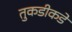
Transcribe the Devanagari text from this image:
तुकडीकडे